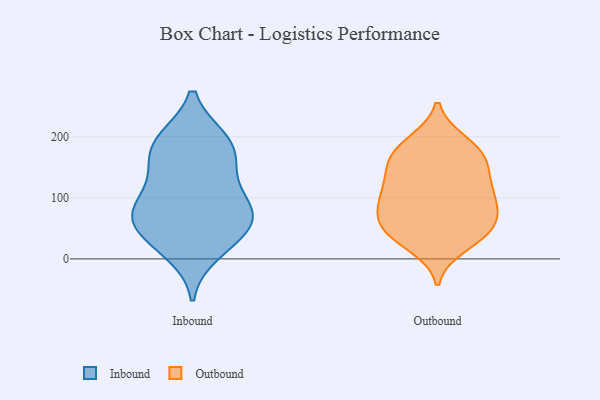
{"axis": {"x": "Latency (ms)", "y": "Value"}, "legend": ["Inbound", "Outbound"], "data": [{"x": "", "y": 65, "type": "Inbound"}, {"x": "", "y": 121, "type": "Inbound"}, {"x": "", "y": 190, "type": "Inbound"}, {"x": "", "y": 37, "type": "Inbound"}, {"x": "", "y": 152, "type": "Inbound"}, {"x": "", "y": 82, "type": "Inbound"}, {"x": "", "y": 77, "type": "Inbound"}, {"x": "", "y": 11, "type": "Inbound"}, {"x": "", "y": 195, "type": "Inbound"}, {"x": "", "y": 159, "type": "Inbound"}, {"x": "", "y": 70, "type": "Inbound"}, {"x": "", "y": 82, "type": "Inbound"}, {"x": "", "y": 34, "type": "Inbound"}, {"x": "", "y": 195, "type": "Inbound"}, {"x": "", "y": 78, "type": "Outbound"}, {"x": "", "y": 158, "type": "Outbound"}, {"x": "", "y": 178, "type": "Outbound"}, {"x": "", "y": 191, "type": "Outbound"}, {"x": "", "y": 187, "type": "Outbound"}, {"x": "", "y": 36, "type": "Outbound"}, {"x": "", "y": 114, "type": "Outbound"}, {"x": "", "y": 76, "type": "Outbound"}, {"x": "", "y": 103, "type": "Outbound"}, {"x": "", "y": 157, "type": "Outbound"}, {"x": "", "y": 156, "type": "Outbound"}, {"x": "", "y": 98, "type": "Outbound"}, {"x": "", "y": 62, "type": "Outbound"}, {"x": "", "y": 109, "type": "Outbound"}, {"x": "", "y": 39, "type": "Outbound"}, {"x": "", "y": 46, "type": "Outbound"}, {"x": "", "y": 22, "type": "Outbound"}, {"x": "", "y": 133, "type": "Outbound"}, {"x": "", "y": 57, "type": "Outbound"}]}